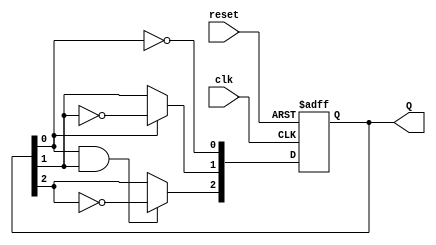
module ripple_counter (
    input wire clk,        // Clock input
    input wire reset,      // Asynchronous reset input
    output reg [2:0] Q     // 3-bit output
);

// Always block that triggers on the rising edge of the clock or when reset is activated
always @(posedge clk or posedge reset) begin
    if (reset) begin
        Q <= 3'b000; // Reset the counter to 0
    end else begin
        // Ripple counter logic
        Q[0] <= ~Q[0]; // Toggle the least significant bit
        Q[1] <= Q[0] ? ~Q[1] : Q[1]; // Toggle the second bit on Q[0] transition
        Q[2] <= (Q[0] & Q[1]) ? ~Q[2] : Q[2]; // Toggle the third bit on Q[1] transition
    end
end

endmodule